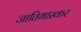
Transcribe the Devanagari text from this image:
जातिभास्कर